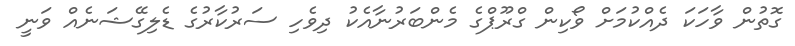
ގޮތުން ވާހަކަ ދެއްކުމަށް ވޯކިން ގްރޫޕްގެ މެންބަރުނާއެކު ދިވެހި ސަރުކާރުގެ ޑެލިގޭޝަނެއް ވަނީ